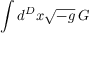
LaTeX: \int d ^ { D } x { \sqrt { - g } } \, G